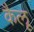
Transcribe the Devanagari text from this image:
कैलू